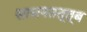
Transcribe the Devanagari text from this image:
साधनतत्त्ब